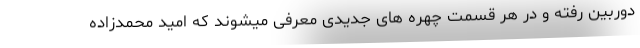
دوربین رفته و در هر قسمت چهره های جدیدی معرفی میشوند که امید محمدزاده